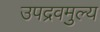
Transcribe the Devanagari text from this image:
उपद्रवमुल्य